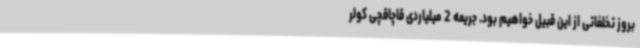
بروز تخلفاتی از این قبیل خواهیم بود. جریمه 2 میلیاردی قاچاقچی کولر